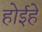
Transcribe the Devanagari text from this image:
होईहे